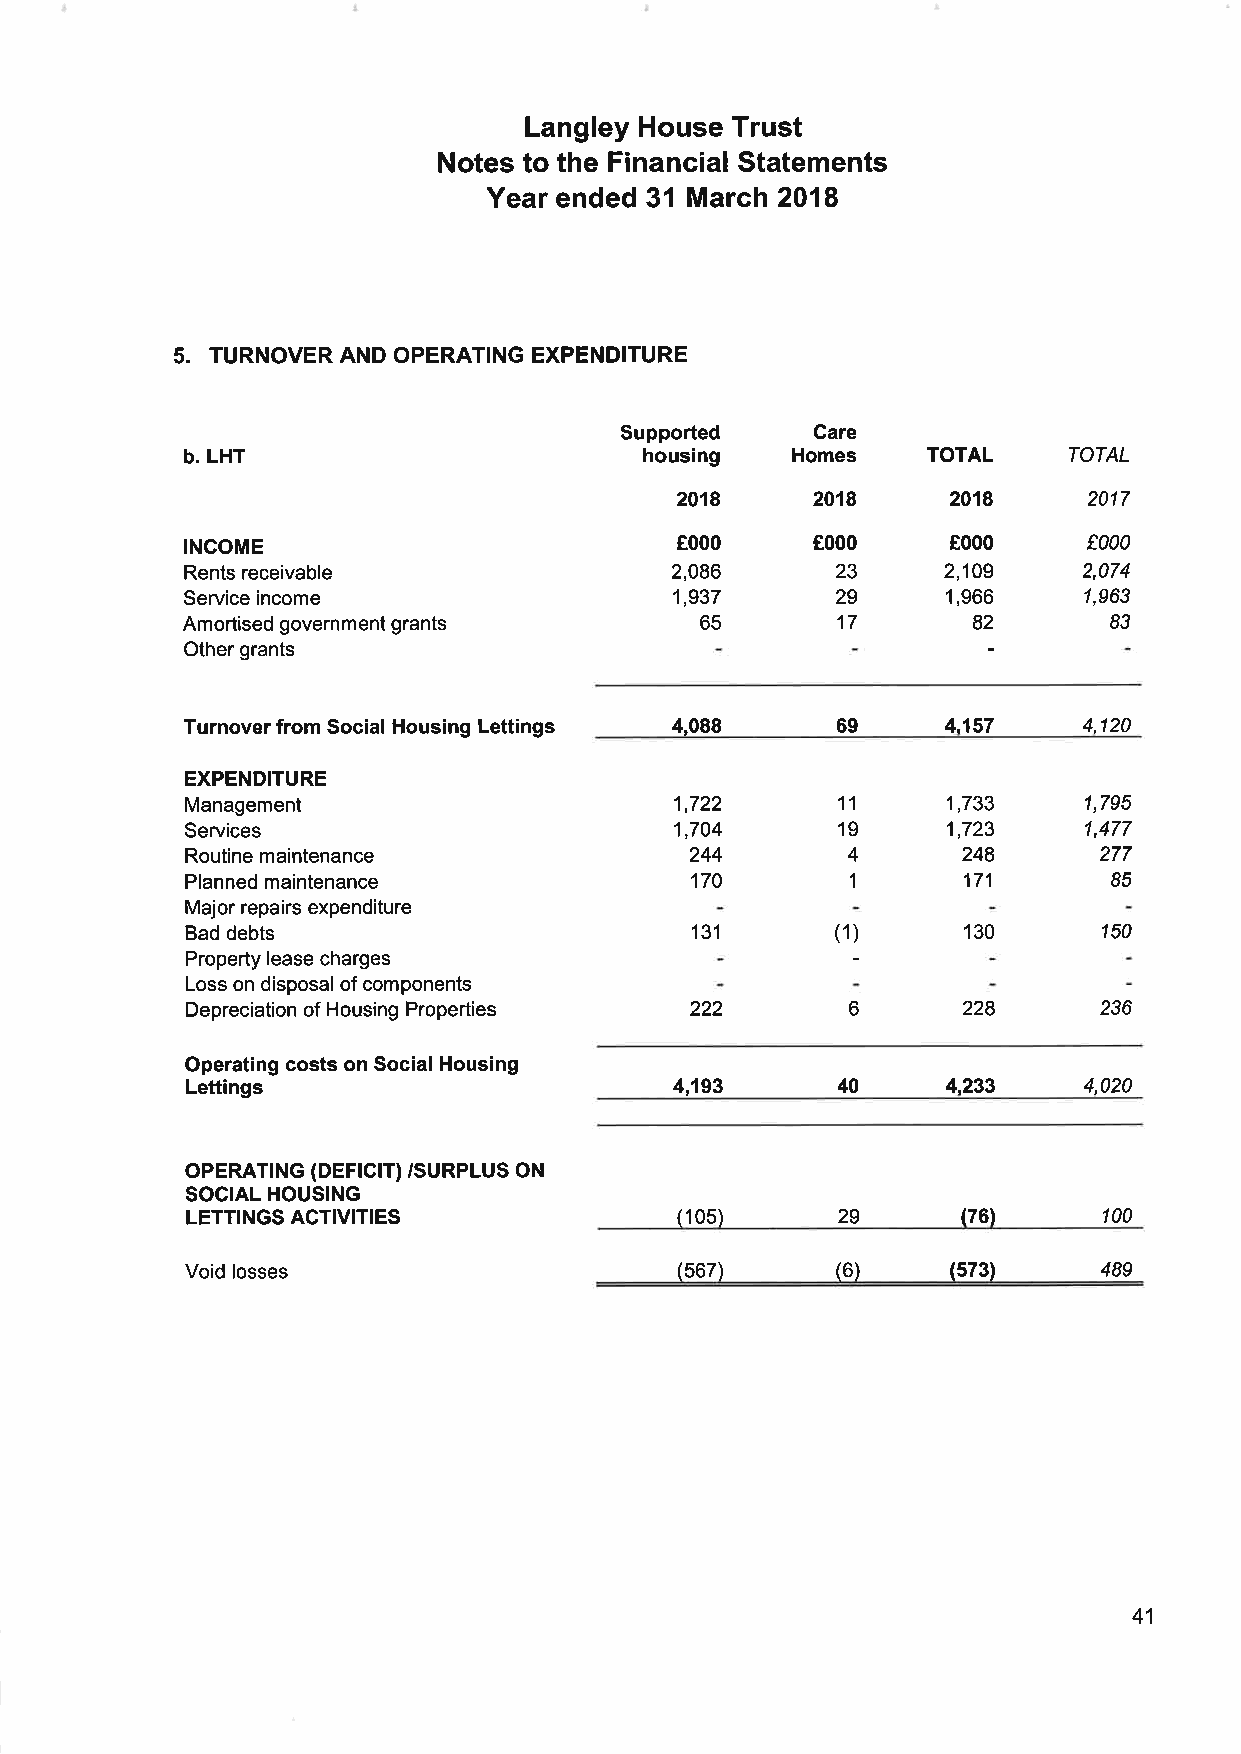
Langley House Trust
 Notes to the Financial Statements
 Year ended 31 March 2018
 5.
 TURNOVER AND OPERATING EXPEND¡TURE
 Supported    Care
 b. LHT                         housing  Homes    TOTAL     TOTAL
 2018     2018     2018     2017
 INCOME                           €000     Ê000     €000     t000
 Rents receivable                2,086      23     2,109     2,074
 Service income                   1,937     29      1,966    1,963
 Amortised government grants       65       17                83
 Other grants
 Turnover from Social Housing Lettings 4,088 69     4,157    4,120
 EXPENDITURE
 Management                       1,722     11      1,733    1,795
 Services                         1,704     19      1,723    1,477
 Routine maintenance               244       4       248      277
 Planned maintenance               170               171       85
 1
 Major repairs expenditure
 Bad debts                         131      (1)      130      150
 Property lease charges
 Loss on disposal of components
 Depreciation of Housing Properties 222      6       228      236
 Operating costs on Social Housing
 Lettings                         4,193     40      4,233    4,020
 oPERATTNG (DEFTCTT) /SURPLUS ON
 SOCIAL HOUSING
 LETTINGS ACTIVITIES              (105)     29       (76)     100
 Void losses                      (567)     (6)     (573)     489
 41